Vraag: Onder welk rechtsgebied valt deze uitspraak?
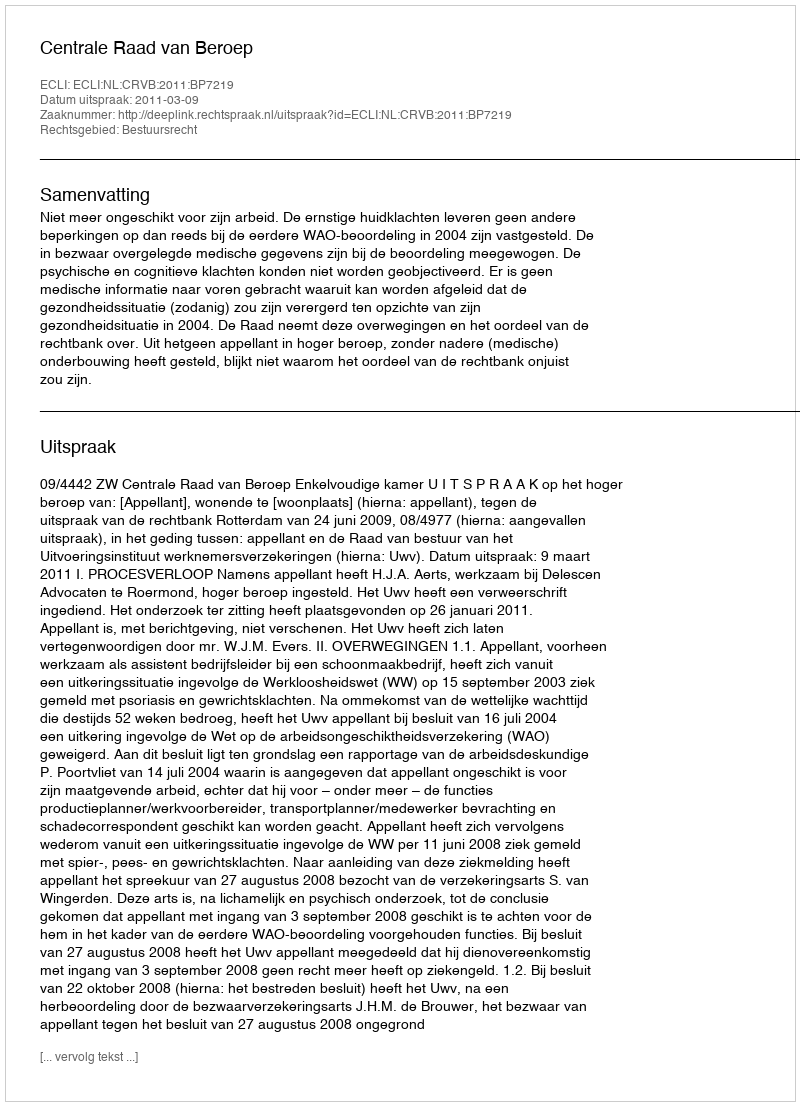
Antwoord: Bestuursrecht